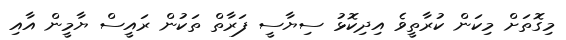
މިގޮތަށް މިކަން ކުރާތީވެ އިދިކޮޅު ސިޔާސީ ފަރާތް ތަކުން ރައީސް ޔާމީން އާއި